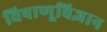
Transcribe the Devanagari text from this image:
विषाणूविज्ञान